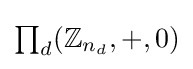
\textstyle \prod _{d}(\mathbb {Z} _{n_{d}},+,0)